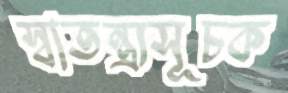
স্বাতন্ত্র্যসূচক